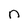
Character: n